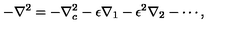
- \nabla ^ { 2 } = - \nabla _ { c } ^ { 2 } - \epsilon \nabla _ { 1 } - \epsilon ^ { 2 } \nabla _ { 2 } - \cdots ,